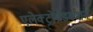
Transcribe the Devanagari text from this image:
एलेक्ट्रोप्रोडक्शन